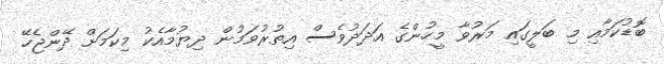
ބޮޑުކަމާއި މި ބަލީގައި މަރުވާ މީހުންގެ އަދަދުވެސް އިތުރުވަމުން ދިޔުމާއެކު މިކަމަށް ދޭންޖެހޭ